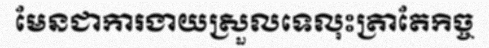
មែនជាការងាយស្រួលទេលុះត្រាតែកិច្ច